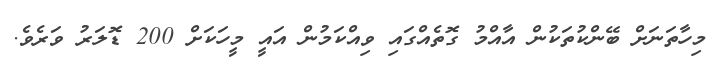
މިހާތަނަށް ބޭންކުތަކުން އާއްމު ގޮތެއްގައި ވިއްކަމުން އައީ މީހަކަށް 200 ޑޮލަރު ވަރެވެ.